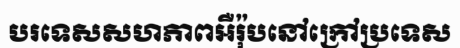
បរទេសសហភាពអឺរ៉ុបនៅក្រៅប្រទេស